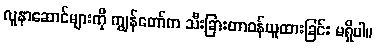
လူနာဆောင်များကို ကျွန်တော်က သီးခြားတာဝန်ယူထားခြင်း မရှိပါ။